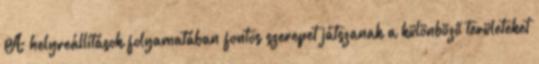
A helyreállítások folyamatában fontos szerepet játszanak a különböző területeket